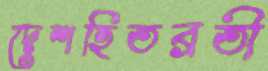
দেশহিতব্রতী